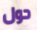
حول